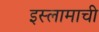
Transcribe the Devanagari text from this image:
इस्लामाची